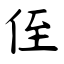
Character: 侄